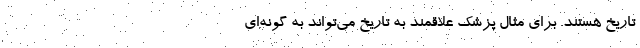
تاریخ هستند. برای مثال پزشک علاقمند به تاریخ می‌تواند به گونه‌ای